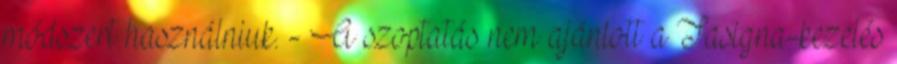
módszert használniuk. - A szoptatás nem ajánlott a Tasigna-kezelés